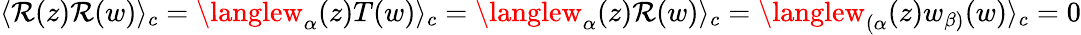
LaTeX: \langle\mathcal{R}(z)\mathcal{R}(w)\rangle_{c}=\langlew_{\alpha}(z)T(w)\rangle_{c}=\langlew_{\alpha}(z)\mathcal{R}(w)\rangle_{c}=\langlew_{(\alpha}(z)w_{\beta)}(w)\rangle_{c}=0